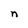
Character: n